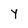
Character: Y